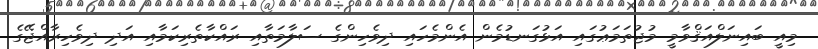
މިއީ ބައިނަލްއަޤްވާމީ މުޖުތަމަޢުގައި އަޅުގަނޑުމެން އެންމެހައި ދިވެހިންގެ ސަލާމަތާއި ރައްކާތެރިކަމާއި އަދި ދިވެހިރާއްޖޭގެ